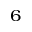
^ { 6 }